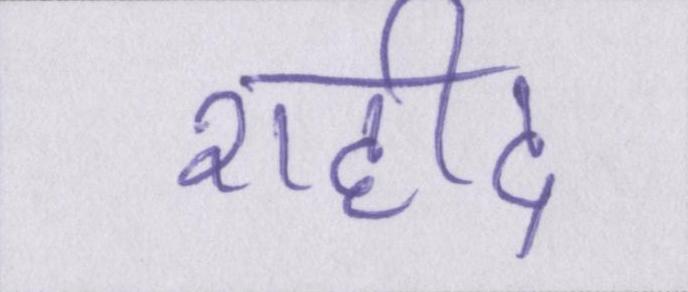
शहीद